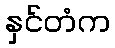
နှင်တံက